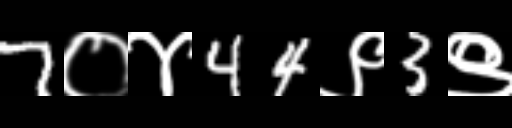
Text: 7०४44९3९